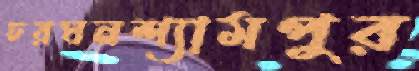
চরঘনশ্যামপুর